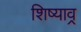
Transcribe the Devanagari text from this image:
शिष्याव्र